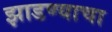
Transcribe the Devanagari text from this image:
झाडण्याचा